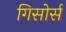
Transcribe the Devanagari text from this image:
गिसोर्स